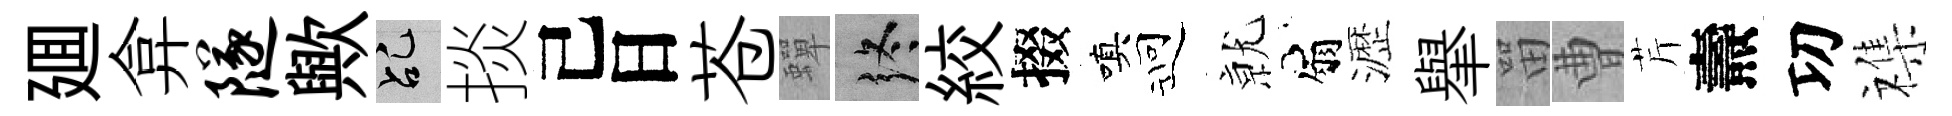
廽弇隧歟乩掞己日苍蟬终絞掇嗔迎𭕒扇瀝𦦙㽞曹芹燾㓛襍